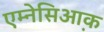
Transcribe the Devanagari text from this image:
एम्नेसिआ़क